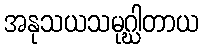
အနုသယသမုဂ္ဃါတာယ